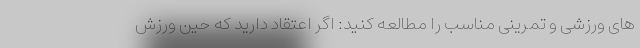
های ورزشی و تمرینی مناسب را مطالعه کنید: اگر اعتقاد دارید که حین ورزش